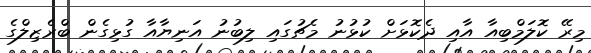
މިރޭ ކޮލަމްބިއާ އާއި ދެކޮޅަށް ކުޅުނު މެޗުގައި ލިބުނު އަނިޔާއާ ގުޅިގެން ބްރެޒިލްގެ